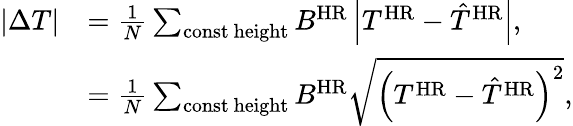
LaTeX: \begin{array}{rl}{\left\lvert\Delta T\right\rvert}&{=\frac{1}{N}\sum_{\mathrm{const~height}}B^{\mathrm{HR}}\left\lvert T^{\mathrm{HR}}-\hat{T}^{\mathrm{HR}}\right\rvert,}\\ &{=\frac{1}{N}\sum_{\mathrm{const~height}}B^{\mathrm{HR}}\sqrt{\left(T^{\mathrm{HR}}-\hat{T}^{\mathrm{HR}}\right)^{2}},}\end{array}